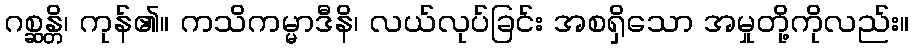
ဂစ္ဆန္တိ၊ ကုန်၏။ ကသိကမ္မာဒီနိ၊ လယ်လုပ်ခြင်း အစရှိသော အမှုတို့ကိုလည်း။